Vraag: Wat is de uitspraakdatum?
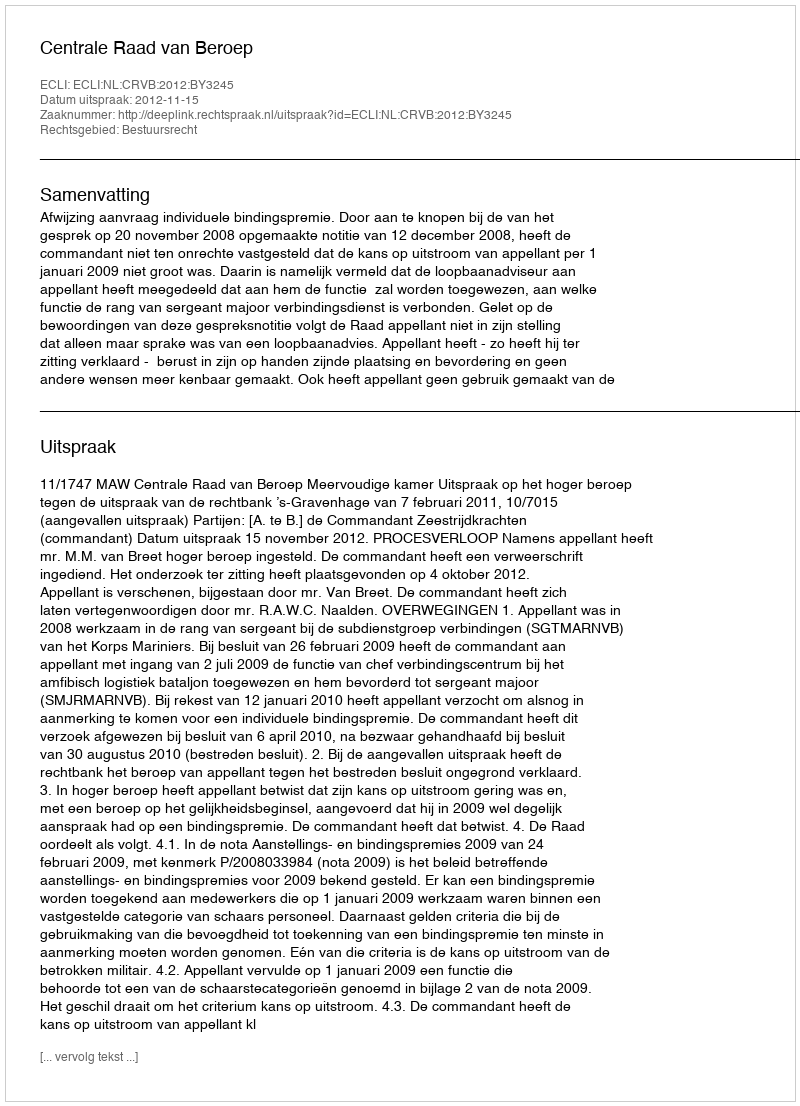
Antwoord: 2012-11-15